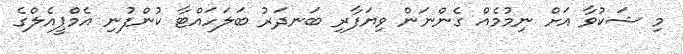
މި ޝަކުވާ އަށް ނިމުމެއް ގެންނަން ވިޔަފާރި ބަނދަރު ބަލަހައްޓާ ކުންފުނި އެމްޕީއެލްގެ